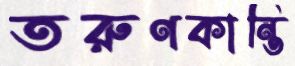
তরুণকান্তি